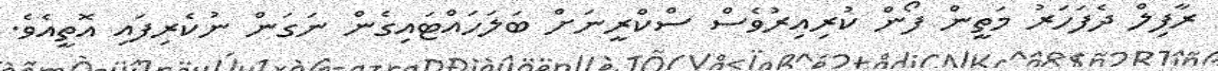
ރާފިލް ދެފަހަރު މަތީން ފޯން ކުރިއިރުވެސް ސްކްރީނަށް ބަލަހައްޓައިގެން ނަގަން ނުކެރިފައި އޮތީއެވެ.